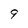
Character: 9